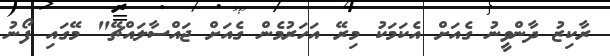
ރާކިޒު ދާންވީނު ގެއަށް އެކަމަކު މިރޭ އަހަރުމެން ގެއަށް ޖައްސާލައްޗޭ" މޭގައި ފޯނު